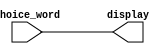
//in: 8-bit 1-digit segment code
//out: 8-digit 1-digit display (with periods)

module segment_displayer(input [6:0] choice_word,
                        output [6:0] display);

assign display = choice_word;

endmodule